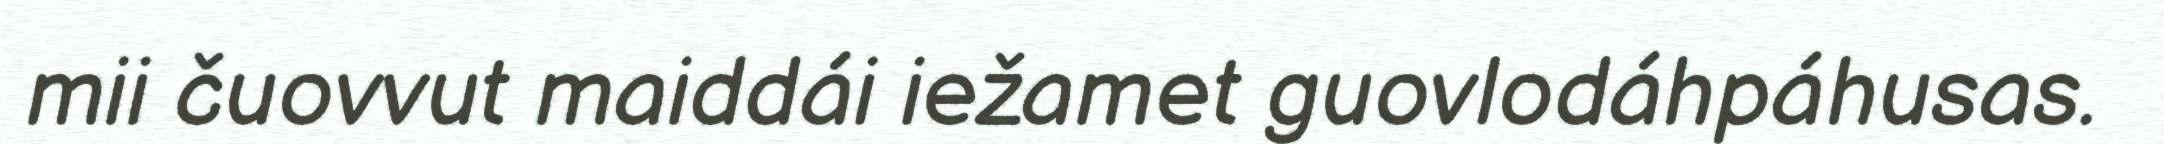
mii čuovvut maiddái iežamet guovlodáhpáhusas.